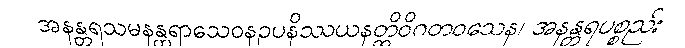
အနန္တရသမနန္တရာသေဝနဥပနိဿယနတ္ထိဝိဂတဝသေန၊ အနန္တရပစ္စည်း